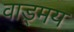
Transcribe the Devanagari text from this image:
वाड़्मय